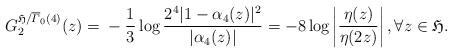
LaTeX: \begin{align*}G_2^{\mathfrak H/\overline{\varGamma}_0(4)}(z)={}&-\frac{1}{3}\log\frac{2^4|1-\alpha_{4}(z)|^{2}}{|\alpha_{4}(z)|}=-8\log\left\vert \frac{\eta(z)}{\eta(2z)} \right\vert,\forall z\in\mathfrak H.\end{align*}